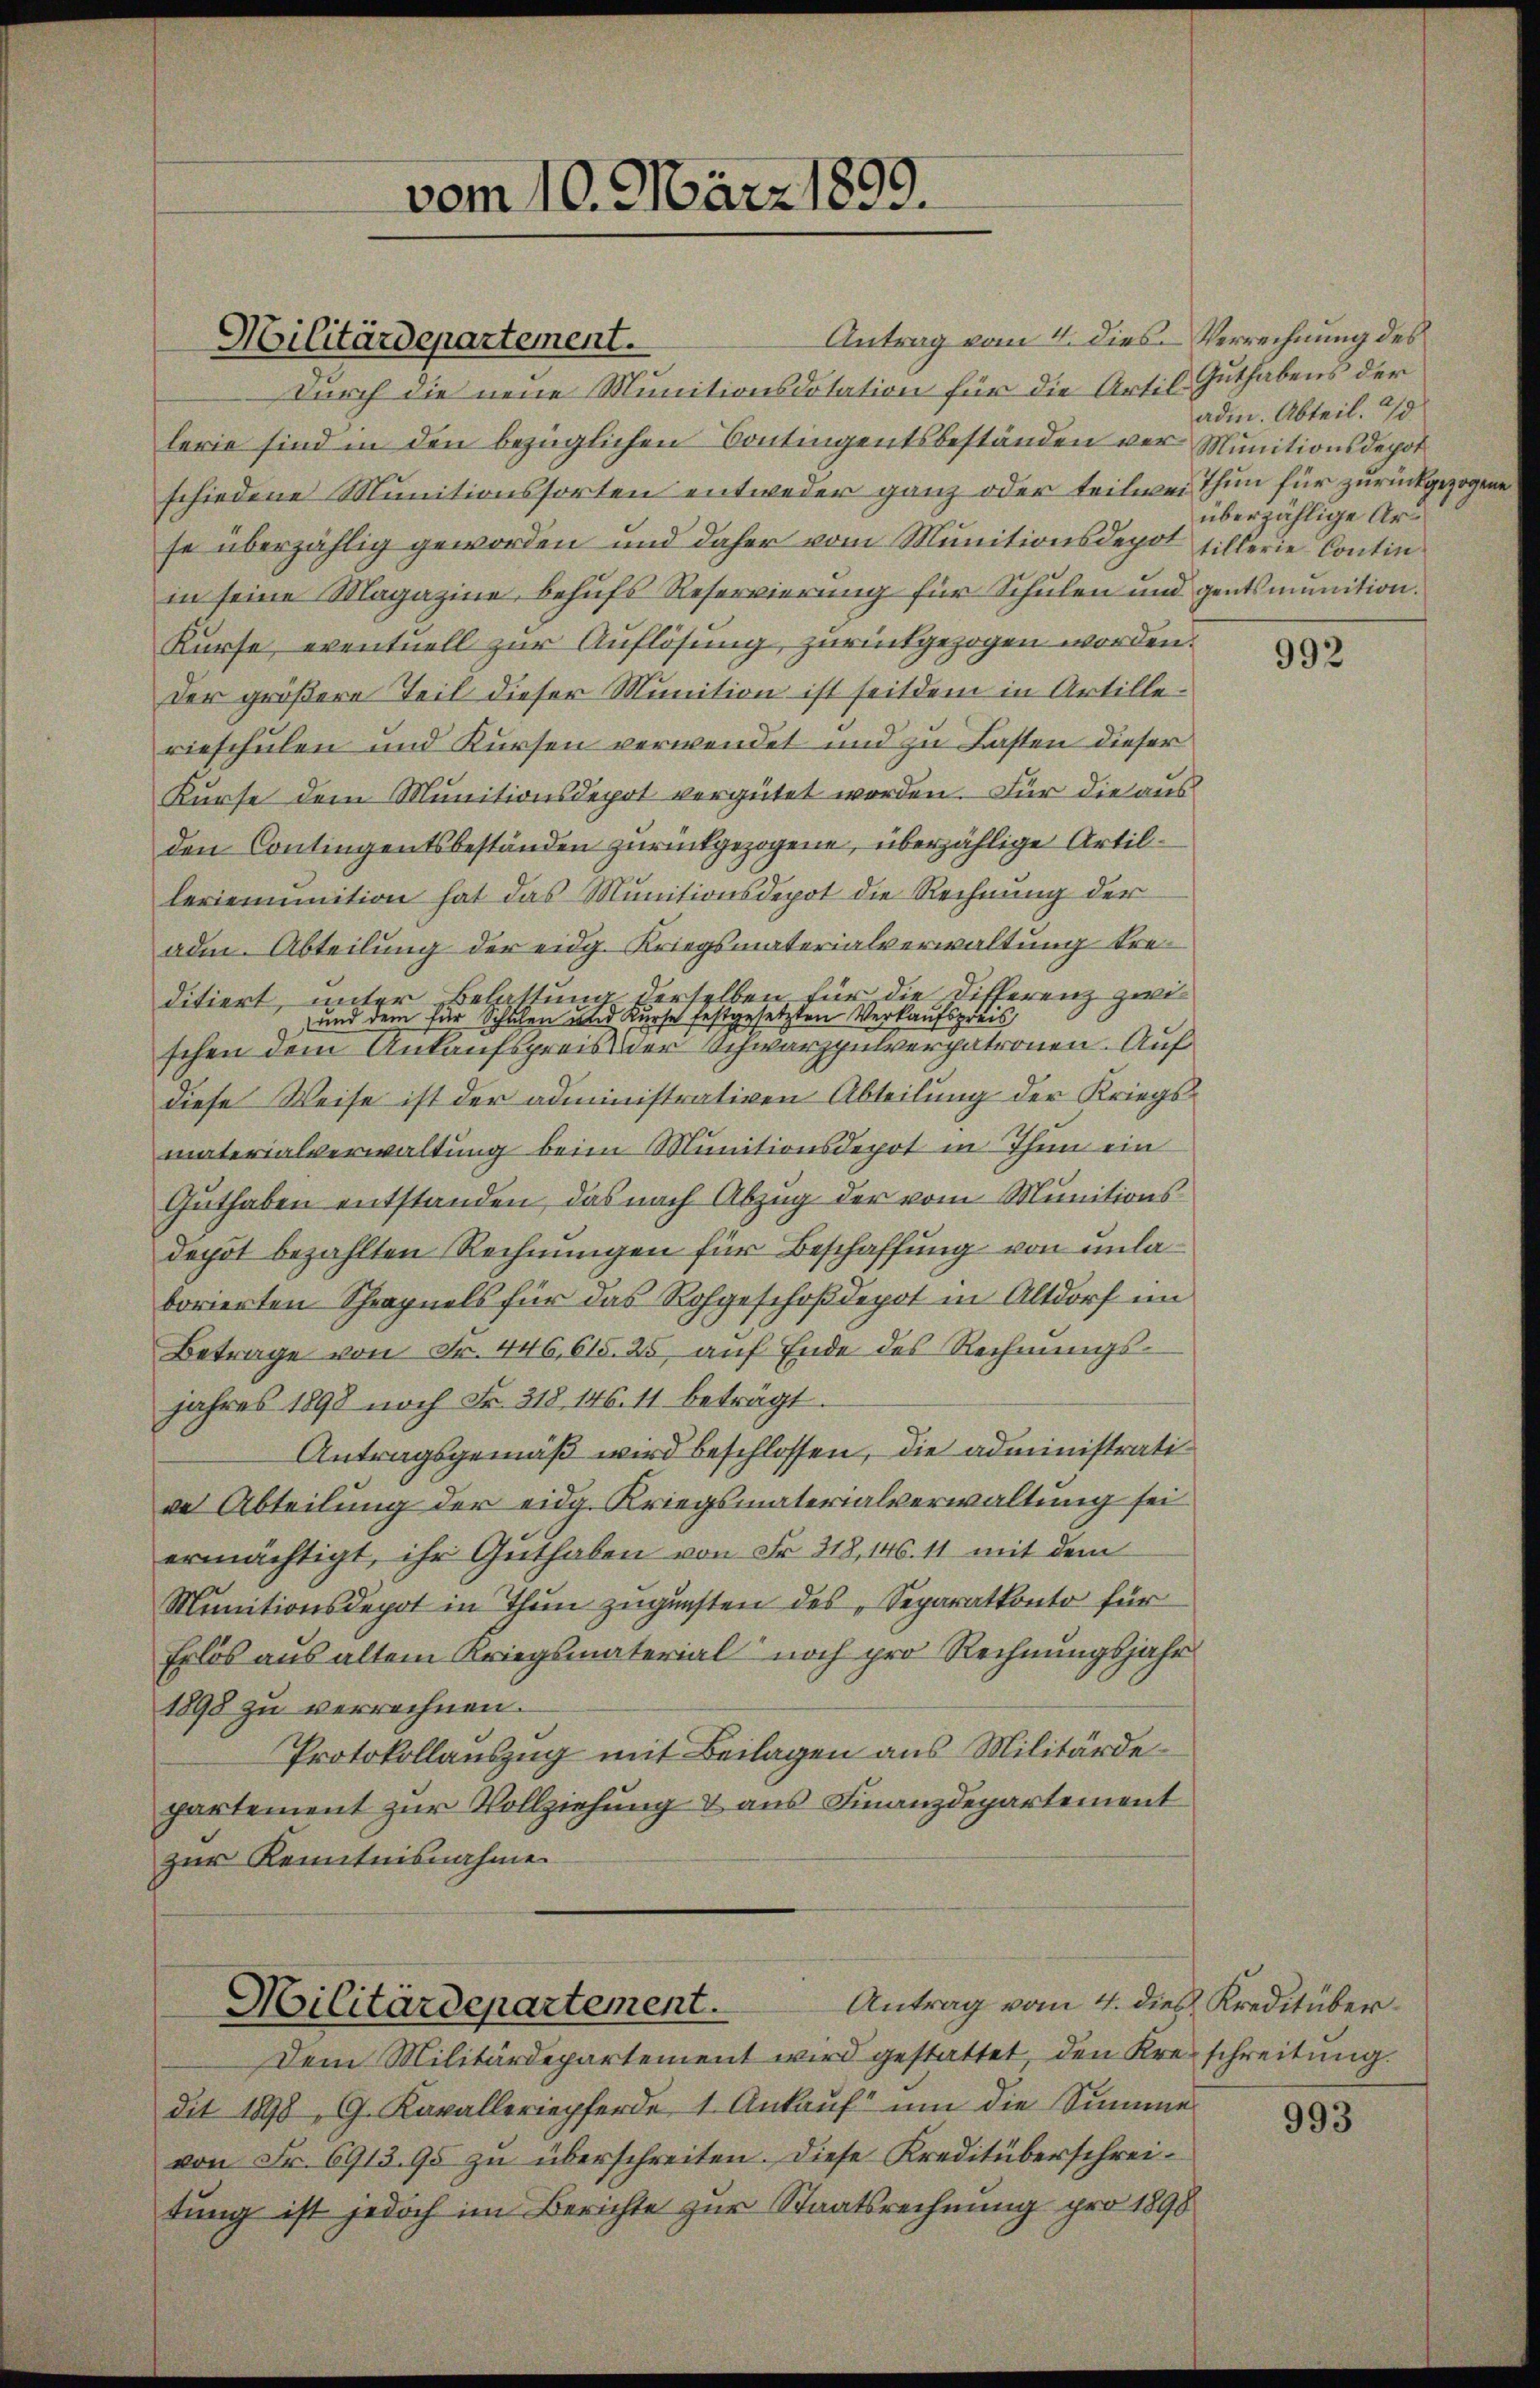
Antrag vom 4. Dies Verrechnung des
Durch die neue Munitionsdotation für die Artil Guthabens der
lerie sind in den bezüglichen Contingentsbeständen vor Munitionsdepot
schiedene Munitionssorten entweder ganz oder teilweis thun für zurückgezogen
se überzählig geworden und daher vom Munitionsdepot fillerie Contin
in seine Magazine, behufs Reservierung für Schulen und gentsmunition.
Kurse, eventuell zur Auflösung, zurückgezogen worden.
der größere Teil dieser Munition ist seitdem in Artillerieschulen und Kursen verwendet und zu Lasten dieser
Kurse dem Munitionsdepot vergütet worden. Für die aus
den Contingentsbeständen zurückgezogene, überzählige Artilleriemunition hat das Munitionsdepot die Rechnung der
ade. Abteilung der eidg. Kriegsmaterialverwaltung treditiert, unter Belastung derselben für die Differenz zwi¬
und dem für Schulen und Kurse festgesetzten Verkaufspreis
schen dem Ankaufspreis der Schwarzpulverpatronen. Auf
diese Weise ist der administrativen Abteilung der Kriegsmaterialverwaltung beim Munitionsdepot in Thun ein
Guthaben entstanden, das nach Abzug der vom Munitionsdepot bezahlten Rechnungen für Beschaffung von unlaborierten Schrapuels für das Rohgeschoßdepot in Altdorf im
Betrage von Fr. 446,615. 25 auf Ende des Rechnungsjahres 1898 noch Fr. 318 146. 11 beträgt.
Antragsgemäß wird beschlossen, die administrati
de Abteilung der eidg. Kriegsmaterialverwaltung sei
ermächtigt, ihr Guthaben von Fr. 318, 146. 11 mit dem
Munitionsdepot in Thun zugunsten des „Separatkonto für
Erlös aus altem Kriegsmaterial noch pro Rechnungsjahr
1898 zu verrechnen.
Protokollauszug mit Beilagen aus Militärdepartement zur Vollziehung & aus Finanzdepartement
zur Kenntnisnahme
Antrag vom 4. dies Kreditüber¬
Militärdepartement.
Dem Militärdepartement wird gestattet, den Kreischreitung.
dit 1898, G. Kavalleriepferde 1. Ankauf um die Summe
von Fr. 6913. 95 zu überschreiten. Diese Kreditüberschreitung ist jedoch im Berichte zur Staatsrechnung pro 1898

Militärdepartement.

vom 10. März 1899.

adm. Abteil. 20
überzählige Ar¬

992

993